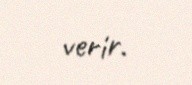
verir.